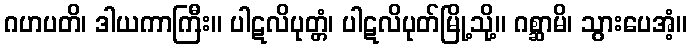
ဂဟပတိ၊ ဒါယကာကြီး။ ပါဋလိပုတ္တံ၊ ပါဋလိပုတ်မြို့သို့။ ဂစ္ဆာမိ၊ သွားပေအံ့။